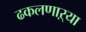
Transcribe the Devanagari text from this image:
ढकलणाऱ्या